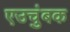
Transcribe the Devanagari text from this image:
एउचुंबक